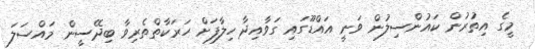
މީގެ އިތުރުން ކައުންސިލުން ވަނީ އައްޑޫގައި ގަވާއިދާ ހިލާފަށް ހަރަކާތްތެރިވާ ބިދޭސީން މައްސަލަ